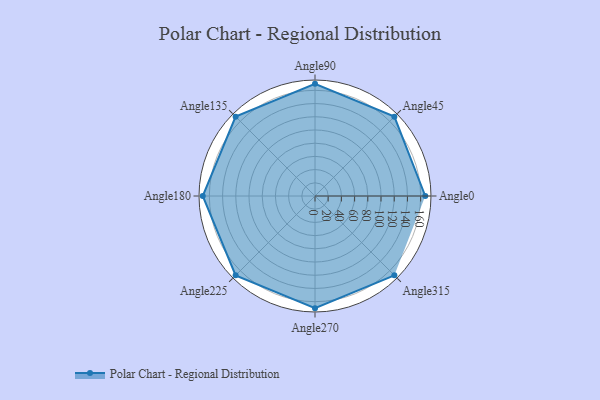
{"axis": {"x": "Angle", "y": "Radius"}, "legend": [""], "data": [{"x": "Angle0", "y": 167.0, "type": ""}, {"x": "Angle45", "y": 170.0, "type": ""}, {"x": "Angle90", "y": 170, "type": ""}, {"x": "Angle135", "y": 170, "type": ""}, {"x": "Angle180", "y": 170, "type": ""}, {"x": "Angle225", "y": 170, "type": ""}, {"x": "Angle270", "y": 170, "type": ""}, {"x": "Angle315", "y": 170, "type": ""}]}